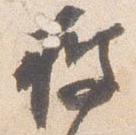
披